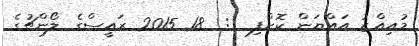
މުއިއްޒު އައްޔަން ކޮށްފި  :  18